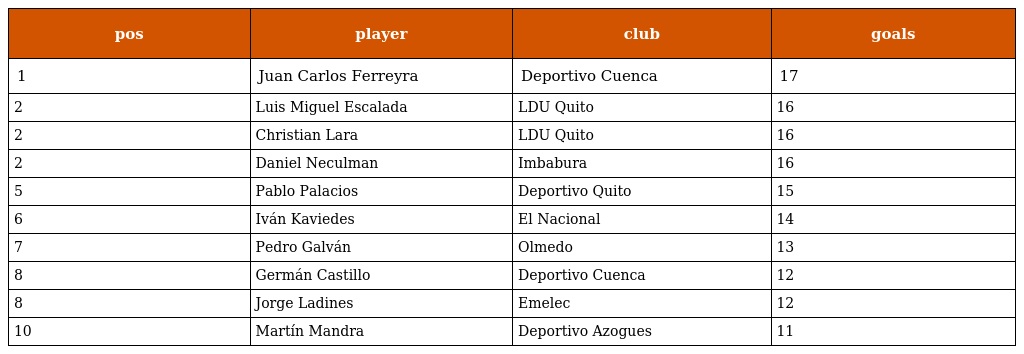
| pos | player | club | goals |
 | --- | --- | --- | --- |
 | 1 | Juan Carlos Ferreyra | Deportivo Cuenca | 17 |
 | 2 | Luis Miguel Escalada | LDU Quito | 16 |
 | 2 | Christian Lara | LDU Quito | 16 |
 | 2 | Daniel Neculman | Imbabura | 16 |
 | 5 | Pablo Palacios | Deportivo Quito | 15 |
 | 6 | Iván Kaviedes | El Nacional | 14 |
 | 7 | Pedro Galván | Olmedo | 13 |
 | 8 | Germán Castillo | Deportivo Cuenca | 12 |
 | 8 | Jorge Ladines | Emelec | 12 |
 | 10 | Martín Mandra | Deportivo Azogues | 11 |